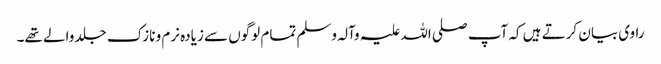
راوی بیان کرتے ہیں کہ آپ صلی اللہ علیہ وآلہ وسلم تمام لوگوں سے زیادہ نرم و نازک جلد والے تھے۔